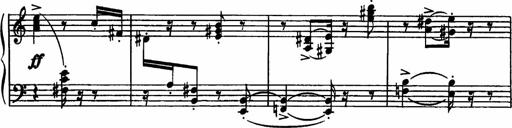
Title: Sonatilla
Composer: Mortimer Wilson
Key: C major